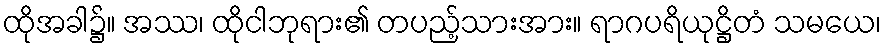
ထိုအခါ၌။ အဿ၊ ထိုငါဘုရား၏ တပည့်သားအား။ ရာဂပရိယုဋ္ဌိတံ သမယေ၊